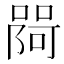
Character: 𭊎